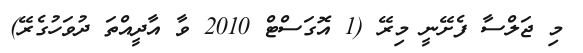
މި ޖަލްސާ ފެށޭނީ މިރޭ (1 އޮގަސްޓް 2010 ވާ އާދީއްތަ ދުވަހުގެރޭ)